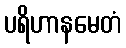
ပရိဟာနမေတံ